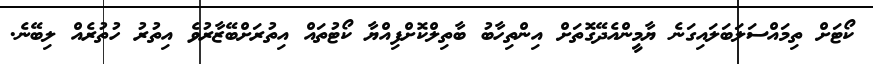
ކޯޓަށް ތިމައްސަލަބަލައިގަނެ ޔާމީންއެދޭގޮތަށް އިންތިހާބު ބާތިލްކޮށްފިއްޔާ ކޯޓުތައް އިތުރަށްބޭޒާރުވެ އިތުރު ހުތުރެއް ލިބޭނެ.